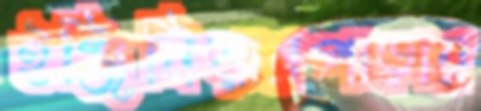
ইঞ্জিনিয়ারপাড়ার